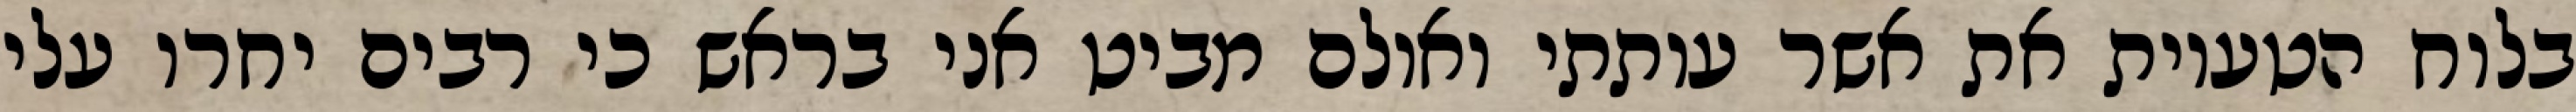
בלוח הטעיות את אשר עותתי ואולם מביט אני בראש כי רבים יחרו עלי